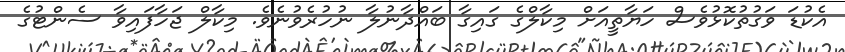
އެކުޑަ ވަގުތުކޮޅުވެސް ހަޔާތީއަށް މިކާލްގެ ގައިގާ ބައްދާނުލާ ނުހުރެވުނެވެ. މިކާލް ޖަހާފައިވާ ސެންޓުގެ